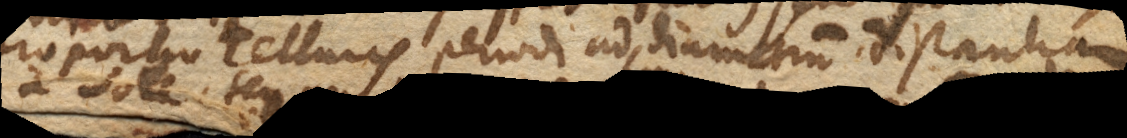
quia proportio Telluris periodi ad semidiametrum, distantiam